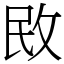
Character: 敃